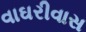
વાઘરીવાસ